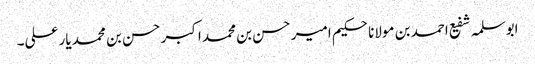
ابوسلمہ شفیع احمد بن مولانا حکیم امیر حسن بن محمد اکبر حسن بن محمد یار علی۔